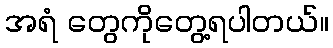
အရံ တွေကိုတွေ့ရပါတယ်။